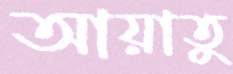
আয়াতু